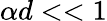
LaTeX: \alpha d<<1